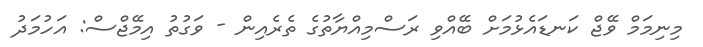
މިނިމަމް ވޭޖް ކަނޑައެޅުމަށް ބޭއްވި ރަސްމިއްޔާތުގެ ތެރެއިން - ވަގުތު އިމޭޖްސް: އަހުމަދު